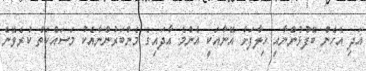
އަދި އެހެން ބޭފުޅުންނާއި ޚިލާފަށް އޭނާއަކީ އެންމެ އާދައިގެ މެންބަރުންނާއެކު މަސައްކަތް ކުރެވޭނެ